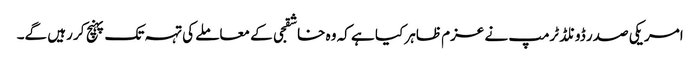
امریکی صدر ڈونلڈ ٹرمپ نے عزم ظاہر کیا ہے کہ وہ خاشقجی کے معاملے کی تہہ تک پہنچ کر رہیں گے۔